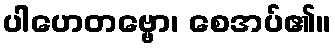
ပါဟေတဗ္ဗော၊ စေအပ်၏။